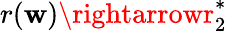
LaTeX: r(\mathbf{w})\rightarrowr_{2}^{*}